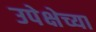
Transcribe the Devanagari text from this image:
उपेक्षेच्या